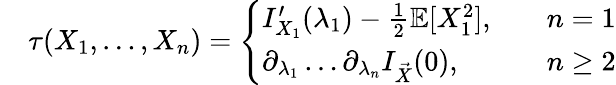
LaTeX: \begin{array}{rl}&{\tau(X_{1},\dots,X_{n})=\left\{ \begin{array}{ll}{I_{X_{1}}^{\prime}(\lambda_{1})-\frac{1}{2}\mathbb{E}[X_{1}^{2}],\quad}&{n=1}\\ {\partial_{\lambda_{1}}\dots\partial_{\lambda_{n}}I_{\vec{X}}(0),\quad}&{n\geq 2}\end{array}\right.}\end{array}